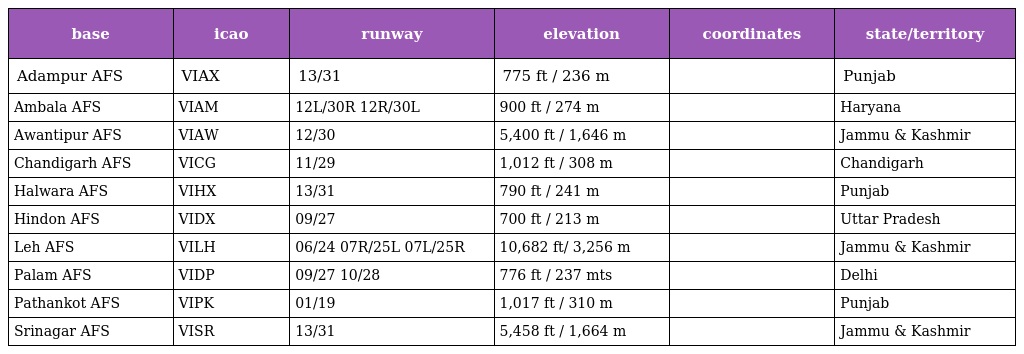
| base | icao | runway | elevation | coordinates | state/territory |
 | --- | --- | --- | --- | --- | --- |
 | Adampur AFS | VIAX | 13/31 | 775 ft / 236 m |  | Punjab |
 | Ambala AFS | VIAM | 12L/30R 12R/30L | 900 ft / 274 m |  | Haryana |
 | Awantipur AFS | VIAW | 12/30 | 5,400 ft / 1,646 m |  | Jammu & Kashmir |
 | Chandigarh AFS | VICG | 11/29 | 1,012 ft / 308 m |  | Chandigarh |
 | Halwara AFS | VIHX | 13/31 | 790 ft / 241 m |  | Punjab |
 | Hindon AFS | VIDX | 09/27 | 700 ft / 213 m |  | Uttar Pradesh |
 | Leh AFS | VILH | 06/24 07R/25L 07L/25R | 10,682 ft/ 3,256 m |  | Jammu & Kashmir |
 | Palam AFS | VIDP | 09/27 10/28 | 776 ft / 237 mts |  | Delhi |
 | Pathankot AFS | VIPK | 01/19 | 1,017 ft / 310 m |  | Punjab |
 | Srinagar AFS | VISR | 13/31 | 5,458 ft / 1,664 m |  | Jammu & Kashmir |